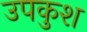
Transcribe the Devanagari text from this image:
उपकुश